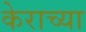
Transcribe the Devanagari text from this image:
केराच्या